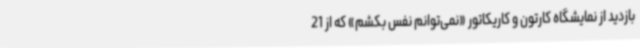
بازدید از نمایشگاه کارتون و کاریکاتور «نمی‌توانم نفس بکشم» که از 21